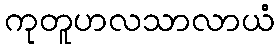
ကုတူဟလသာလာယံ